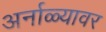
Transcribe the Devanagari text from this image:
अर्नाळ्यावर